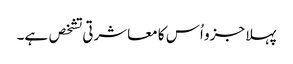
پہلا جزو اُس کا معاشرتی تشخص ہے۔